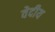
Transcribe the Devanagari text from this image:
वेदीय